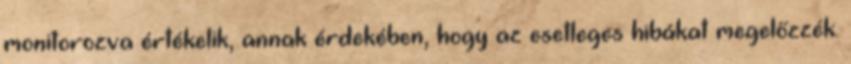
monitorozva értékelik, annak érdekében, hogy az esetleges hibákat megelőzzék.